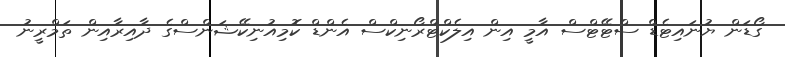
ގޯޑަން ޔުނައިޓެޑް ސްޓޭޓްސް އާމީ އިން އިލެކްޓްރޯނިކްސް އެންޑް ކޮމިއުނިކޭޝަންސްގެ ދާއިރާއިން ތަމްރީނު